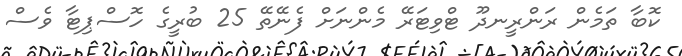
ކޮބާ ތަމެން ރަންރީނދޫ ޓްވިޓަރޭ މެންނަށް ފެނޭތޭ 25 ބުރީގެ ހޮސްޕިޓާ ވެސް